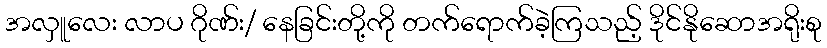
အလှူလေး လာပ ဂိုဏ်း/ နေခြင်းတို့ကို တက်ရောက်ခဲ့ကြသည့် ဒိုင်နိုဆောအရိုးစု